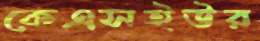
কেএসইউর